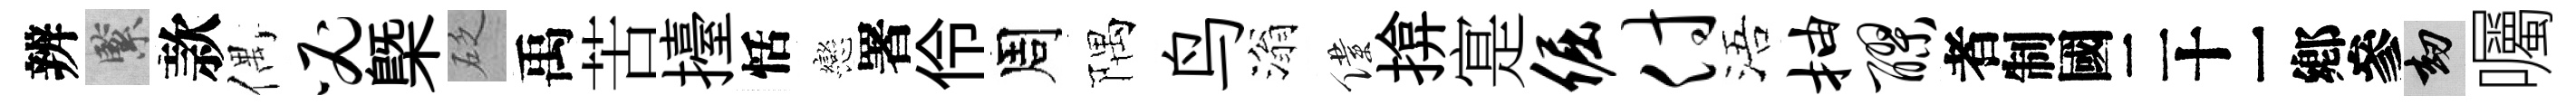
辨緊款偶必㮣砭禹苦擡恬戀署伶周隅鸟滃僕揜寔倔付浯抽醪识劫囑